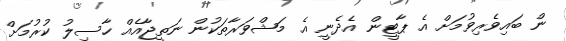
ން ބައިވެރިވުމަށް އެ ޕާޓީން އެދެނީ އެ މަޝްވަރާތަކުން ނަތީޖާއެއް ހާސިލު ކުރުމަށް